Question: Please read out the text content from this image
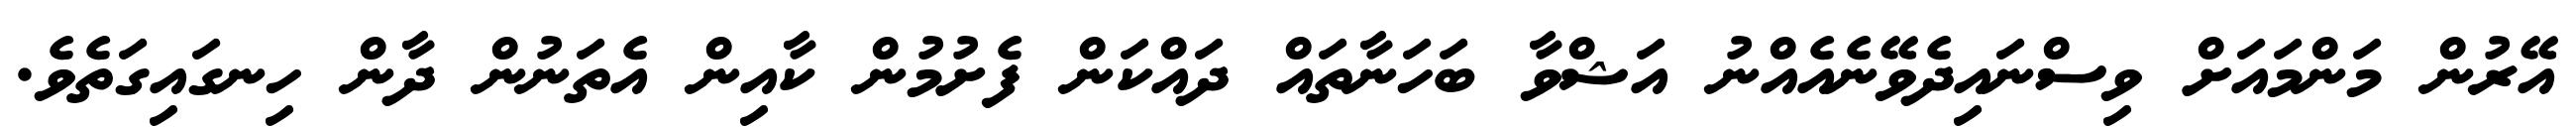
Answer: އޭރުން މަންމައަށް ވިސްނައިދެވޭނެއެއްނު އަޝްވާ ބަހަނާތައް ދައްކަން ފެށުމުން ކާއިން އެތަނުން ދާން ހިނގައިގަތެވެ.